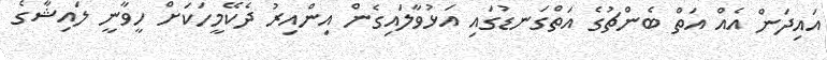
އައިދަން އެއް އަތް ބެންޗުގެ އަތްގަނޑުގައި އަޅުވާލައިގެން އިންއިރު ދެކޭމީހަކަށް ހީވާނީ ލައިޝާގެ